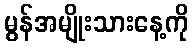
မွန်အမျိုးသားနေ့ကို